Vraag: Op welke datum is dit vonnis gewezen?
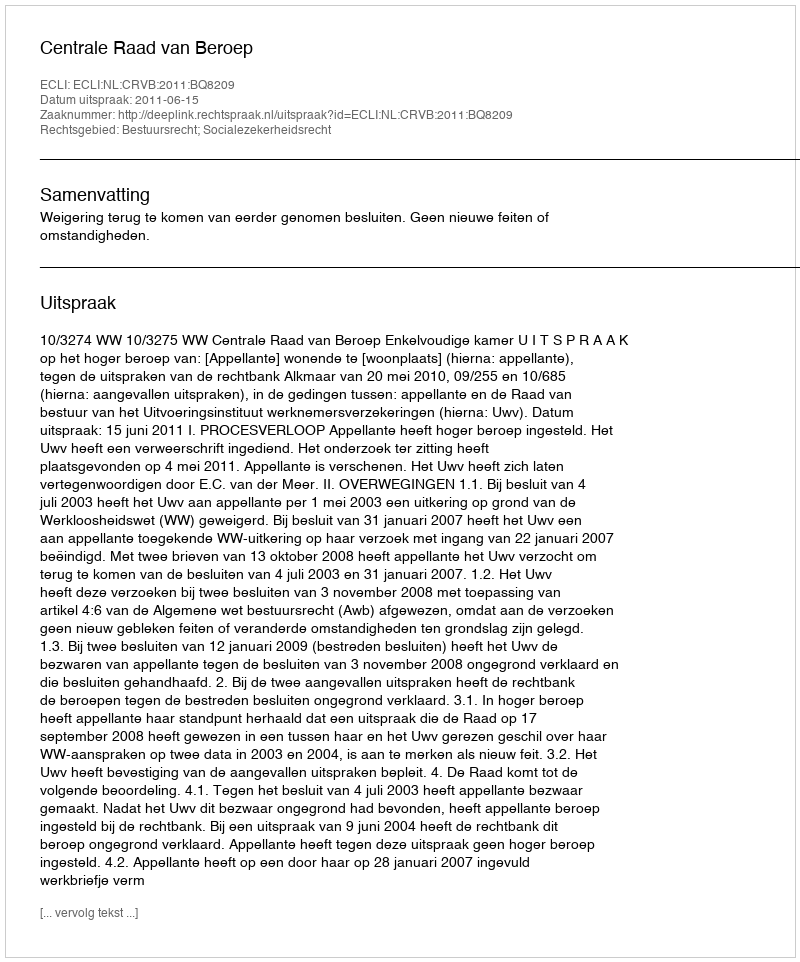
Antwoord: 2011-06-15